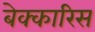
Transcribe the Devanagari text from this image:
बेक्कारिस